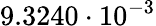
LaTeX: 9.3240\cdot 10^{-3}